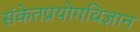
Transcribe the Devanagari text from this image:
संकेतप्रयोगविज्ञान